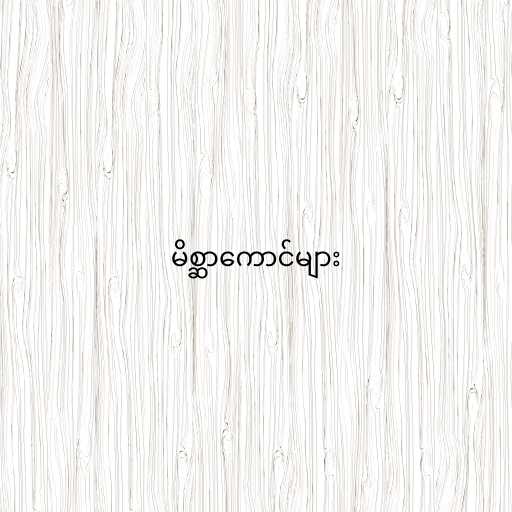
မိစ္ဆာကောင်များ